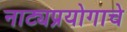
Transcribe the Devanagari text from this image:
नाट्यप्रयोगाचे